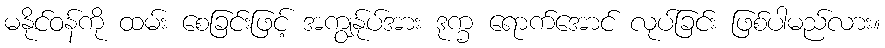
မနိုင်ဝန်ကို ထမ်း စေခြင်းဖြင့် အကျွန်ုပ်အား ဒုက္ခ ရောက်အောင် လုပ်ခြင်း ဖြစ်ပါမည်လား။